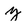
Character: y